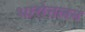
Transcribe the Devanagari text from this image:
भारोत्तलन